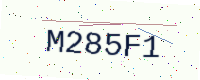
Text: M285F1